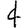
Digit: 4